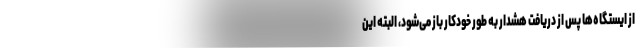
از ایستگاه‌ها پس از دریافت هشدار به طور خودکار باز می‌شود، البته این